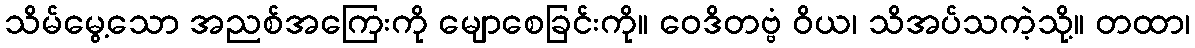
သိမ်မွေ့သော အညစ်အကြေးကို မျောစေခြင်းကို။ ဝေဒိတဗ္ဗံ ဝိယ၊ သိအပ်သကဲ့သို့။ တထာ၊